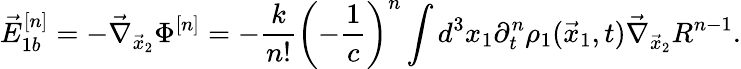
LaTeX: \vec{E}_{1b}^{[n]}=-\vec{\nabla}_{\vec{x}_{2}}\Phi^{[n]}=-\frac{k}{n!}\left(-\frac{1}{c}\right)^{n}\int d^{3}x_{1}\partial_{t}^{n}\rho_{1}(\vec{x}_{1},t)\vec{\nabla}_{\vec{x}_{2}}R^{n-1}.